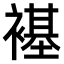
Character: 𫌊